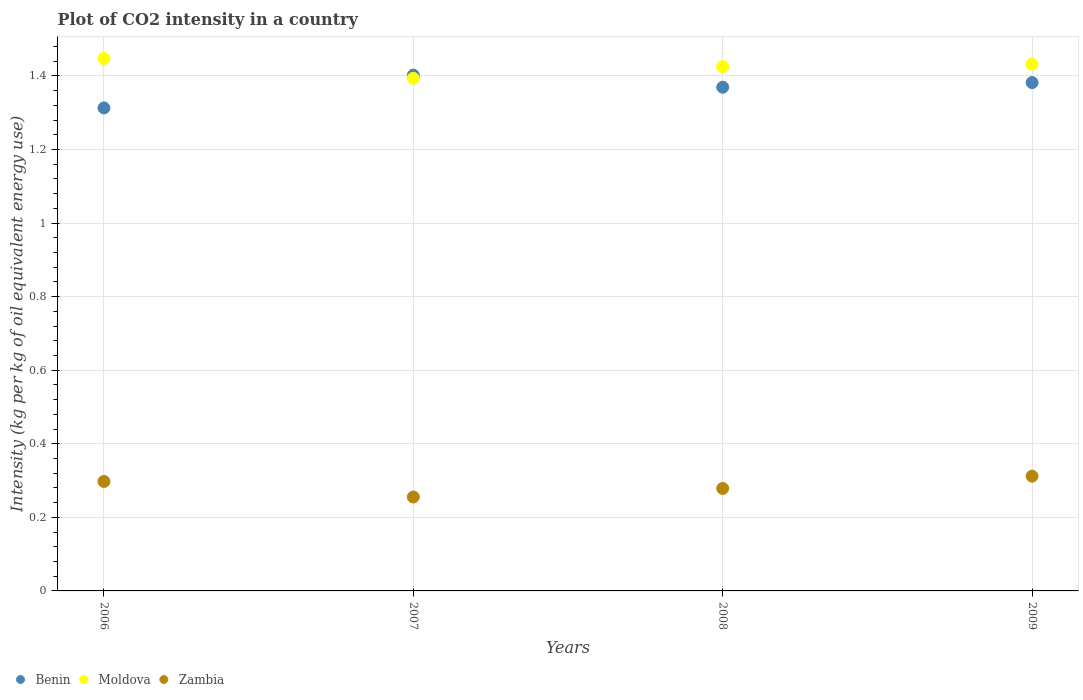
| Years | Benin | Moldova | Zambia |
 | --- | --- | --- | --- |
 | 2006 | 1.31 | 1.45 | 0.298 |
 | 2007 | 1.4 | 1.39 | 0.255 |
 | 2008 | 1.37 | 1.43 | 0.279 |
 | 2009 | 1.38 | 1.43 | 0.312 |